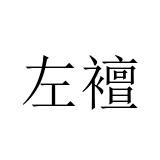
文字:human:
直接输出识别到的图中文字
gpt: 左襢